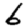
Digit: 6